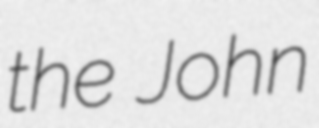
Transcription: the John